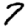
Digit: 7